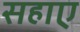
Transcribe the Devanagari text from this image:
सहाए